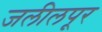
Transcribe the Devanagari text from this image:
जलीलपूर